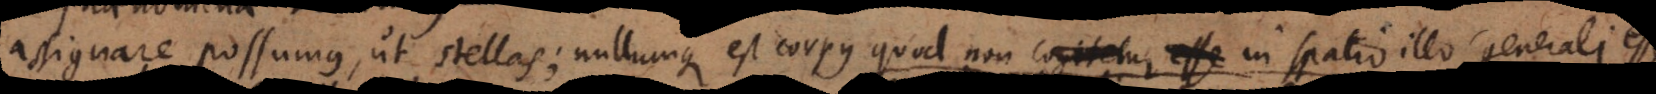
assignare possumus, ut stellas; nullumque est corpus quod non in spatio illo generali esse,